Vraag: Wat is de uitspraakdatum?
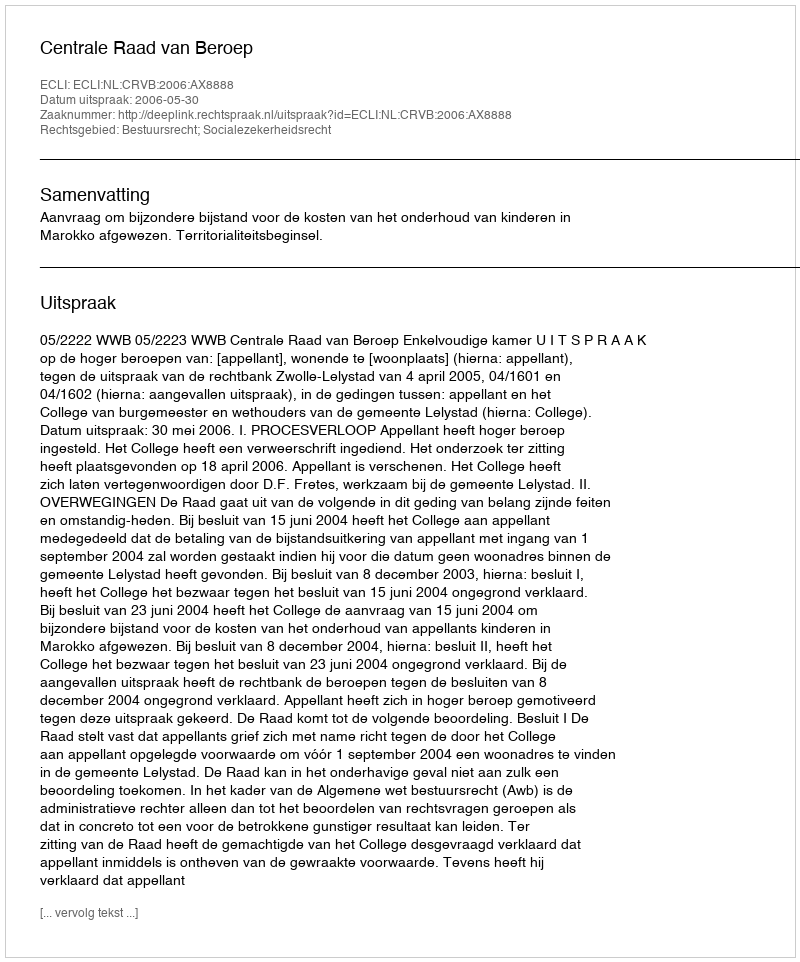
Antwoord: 2006-05-30